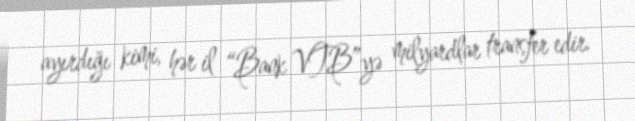
ayırdığı kimi, hər il “Bank VTB”yə milyardlar transfer edir.